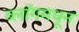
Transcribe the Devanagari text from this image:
ब्लॉगमधून